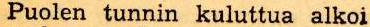
Puolen tunnin kuluttua alkoi